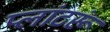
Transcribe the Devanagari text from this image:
प्लांटरूं